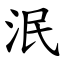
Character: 泯